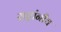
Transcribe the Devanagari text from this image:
राष्ट्रांनीच